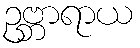
ဥဗ္ဘာရာယ